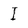
Character: I